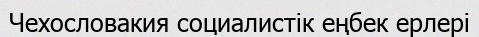
Чехословакия социалистік еңбек ерлері